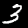
Label: 3